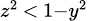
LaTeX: \scriptstyle z^{2}\, <\, 1-y^{2}